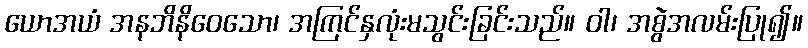
ယောအယံ အနဘိနိဝေသော၊ အကြင်နှလုံးမသွင်းခြင်းသည်။ ဝါ၊ အစွဲအလမ်းပြု၍။